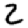
Digit: 2